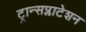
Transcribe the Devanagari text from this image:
ट्रान्सप्लाटेशन